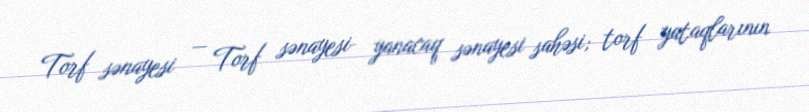
Torf sənayesi — Torf sənayesi- yanacaq sənayesi sahəsi; torf yataqlarının